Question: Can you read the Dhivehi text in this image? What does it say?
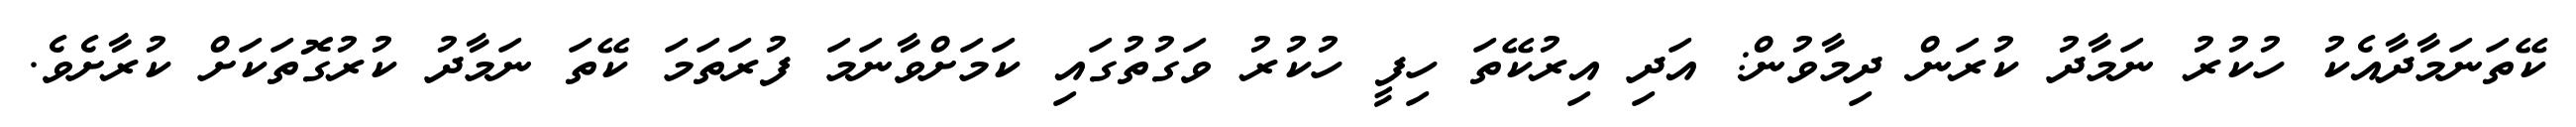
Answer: ކޭތަނަމާދާއެކު ހުކުރު ނަމާދު ކުރަން ދިމާވުން: އަދި އިރުކޭތަ ހިފީ ހުކުރު ވަގުތުގައި ކަމަށްވާނަމަ ފުރަތަމަ ކޭތަ ނަމާދު ކުރުގޮތަކަށް ކުރާށެވެ.